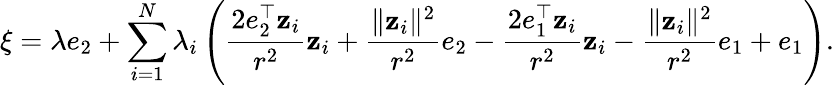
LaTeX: \xi=\lambda e_{2}+\sum_{i=1}^{N}\lambda_{i}\left(\frac{2e_{2}^{\top}\mathbf z_{i}}{r^{2}}\mathbf z_{i}+\frac{\| \mathbf z_{i}\| ^{2}}{r^{2}}e_{2}-\frac{2e_{1}^{\top}\mathbf z_{i}}{r^{2}}\mathbf z_{i}-\frac{\| \mathbf z_{i}\| ^{2}}{r^{2}}e_{1}+e_{1}\right).